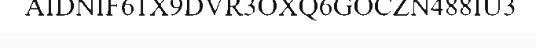
AIDNIF61X9DVR3OXQ6GOCZN488IU3